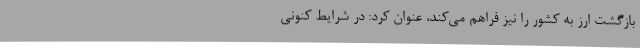
بازگشت ارز به کشور را نیز فراهم می‌کند، عنوان کرد: در شرایط کنونی